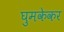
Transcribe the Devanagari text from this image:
घुमकेकर